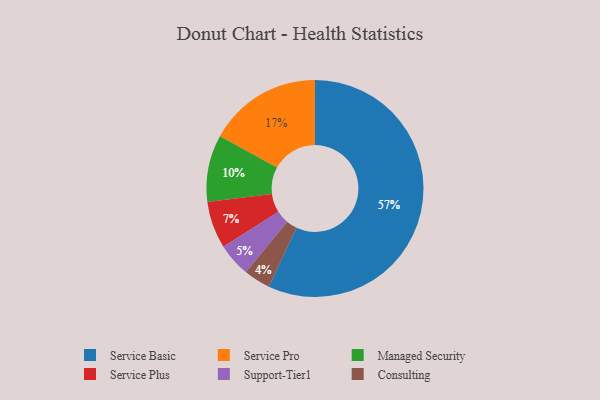
{"axis": {"x": "Category", "y": "Percentage"}, "legend": ["Consulting", "Managed Security", "Service Basic", "Service Plus", "Service Pro", "Support-Tier1"], "data": [{"x": "Service Pro", "y": 17, "type": "Service Pro"}, {"x": "Managed Security", "y": 10, "type": "Managed Security"}, {"x": "Service Basic", "y": 57, "type": "Service Basic"}, {"x": "Consulting", "y": 4, "type": "Consulting"}, {"x": "Service Plus", "y": 7, "type": "Service Plus"}, {"x": "Support-Tier1", "y": 5, "type": "Support-Tier1"}]}